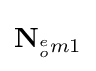
\mathbf {N} _{^{e}_{o}m1}